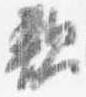
親